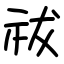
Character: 祓